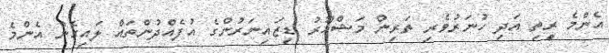
އެންމެ ރީތި އަދި ހުނަރުވެރި ތަރިން މަޝްހޫރު ޑިޒައިނަރުންގެ އުފެއްދުންތައް ލައިގެން އެންމެ